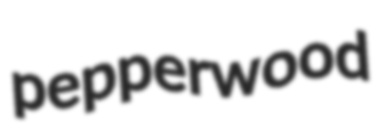
pepperwood